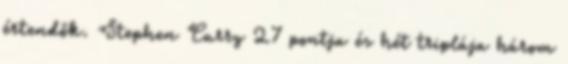
értendők. Stephen Curry 27 pontja és hét triplája három